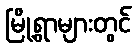
မြို့ရွာများတွင်